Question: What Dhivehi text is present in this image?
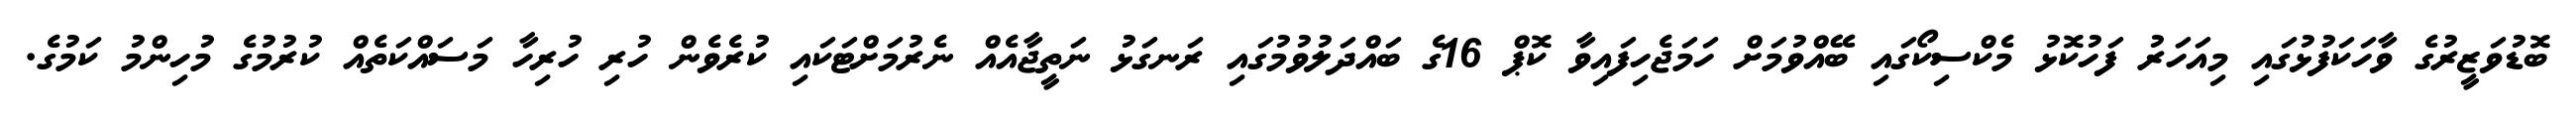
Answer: ބޮޑުވަޒީރުގެ ވާހަކަފުޅުގައި މިއަހަރު ފަހުކޮޅު މެކްސިކޯގައި ބޭއްވުމަށް ހަމަޖެހިފައިވާ ކޮޕް 16ގެ ބައްދަލުވުމުގައި ރަނގަޅު ނަތީޖާއެއް ނެރުމަށްޓަކައި ކުރެވެން ހުރި ހުރިހާ މަސައްކަތެއް ކުރުމުގެ މުހިންމު ކަމުގެ.